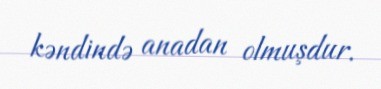
kəndində anadan olmuşdur.